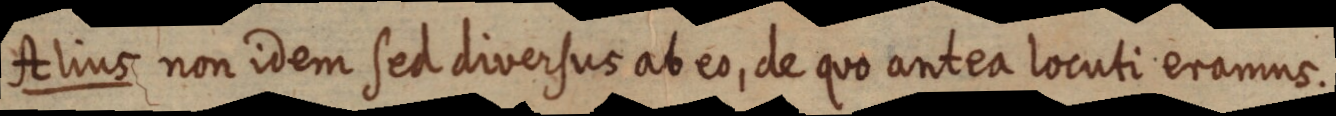
Alius non idem sed diversus ab eo, de quo antea locuti eramus.